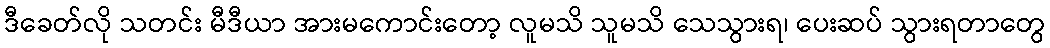
ဒီခေတ်လို သတင်း မီဒီယာ အားမကောင်းတော့ လူမသိ သူမသိ သေသွားရ၊ ပေးဆပ် သွားရတာတွေ